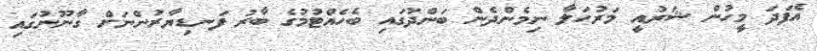
އެފަދަ މީހުން ޝަރުއީ މަރުހަލާ ނިމެންދެން ބަންދުގައި ބެހެއްޓުމުގެ ބާރު ފަނޑިޔާރުންނަށް ގާނޫނުގައި